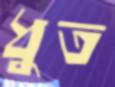
ধুত